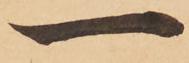
一